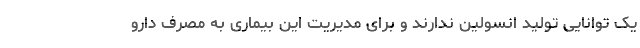
یک توانایی تولید انسولین ندارند و برای مدیریت این بیماری به مصرف دارو